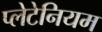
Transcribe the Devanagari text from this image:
प्लेटेनियम